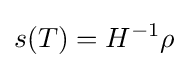
s(T)=H^{-1}\rho